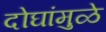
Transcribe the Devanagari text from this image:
दोघांमुळे